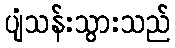
ပျံသန်းသွားသည်